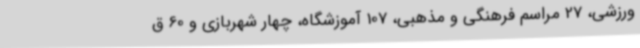
ورزشی، 27 مراسم فرهنگی و مذهبی، 107 آموزشگاه، چهار شهربازی و 60 ق